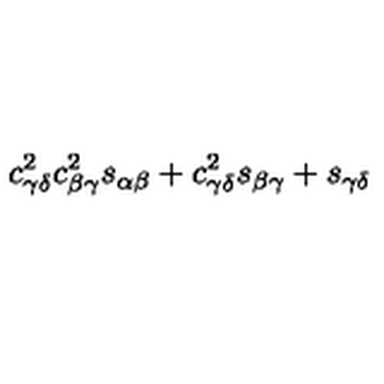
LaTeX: c _ { \gamma \delta } ^ { 2 } c _ { \beta \gamma } ^ { 2 } s _ { \alpha \beta } + c _ { \gamma \delta } ^ { 2 } s _ { \beta \gamma } + s _ { \gamma \delta }